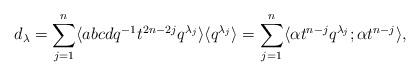
LaTeX: \begin{align*}&&d_\lambda=\sum_{j=1}^n \langle abcdq^{-1}t^{2n-2j}q^{\lambda_j}\rangle\langle q^{\lambda_j}\rangle=\sum_{j=1}^n \langle \alpha t^{n-j}q^{\lambda_j}; \alpha t^{n-j}\rangle,\end{align*}